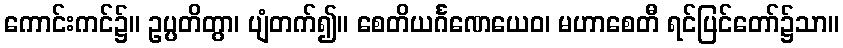
ကောင်းကင်၌။ ဥပ္ပတိတွာ၊ ပျံတက်၍။ စေတိယင်္ဂဏေယေဝ၊ မဟာစေတီ ရင်ပြင်တော်၌သာ။